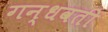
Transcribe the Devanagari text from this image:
गन्धवती